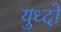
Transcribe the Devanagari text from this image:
युध्दो